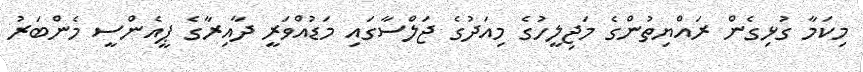
މިކަމާ ގުޅިގެން ރައްޔިތުންގެ މަޖިލީހުގެ މިއަދުގެ ޖަލްސާގައި މަޑުއްވަރީ ދާއިރާގެ ޕީއެންސީ މެންބަރު